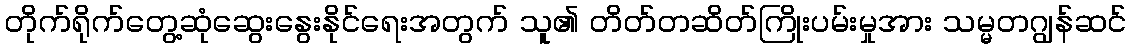
တိုက်ရိုက်တွေ့ဆုံဆွေးနွေးနိုင်ရေးအတွက် သူ၏ တိတ်တဆိတ်ကြိုးပမ်းမှုအား သမ္မတဂျွန်ဆင်